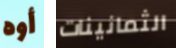
أوه الثمانينات